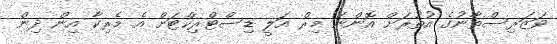
ވަޒަރިސްތާނުގެ އުތުރަށް އޮންނަ މިރް އަލީ ޑިސްޓްރިކްޓަށް އެ މެރިކާ އިން ދިން